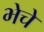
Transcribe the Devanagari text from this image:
भेचे